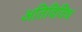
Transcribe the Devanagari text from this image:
अतिविविध